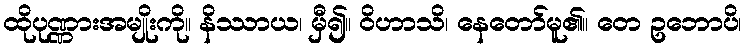
ထိုပုဏ္ဏားအမျိုးကို။ နိဿာယ၊ မှီ၍။ ဝိဟာသိ၊ နေတော်မူ၏။ တေ ဥဘောပိ၊